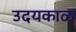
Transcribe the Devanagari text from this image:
उदयकाळ